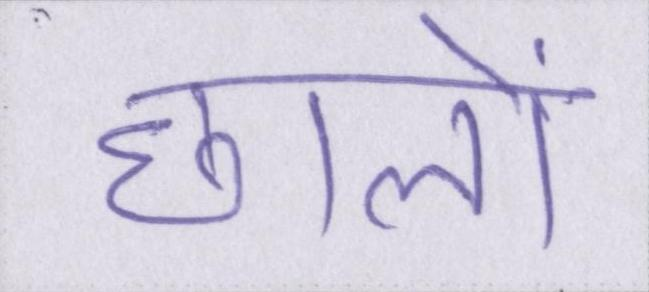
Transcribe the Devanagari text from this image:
छालों